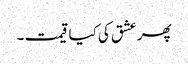
پھر عشق کی کیا قیمت ۔